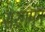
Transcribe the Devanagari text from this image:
सरगमने